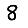
Digit: 8